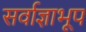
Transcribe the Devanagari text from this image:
सर्वाज्ञाभूप